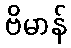
ဗိမာန်